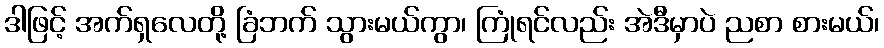
ဒါဖြင့် အက်ရှလေတို့ ခြံဘက် သွားမယ်ကွာ၊ ကြုံရင်လည်း အဲဒီမှာပဲ ညစာ စားမယ်၊